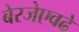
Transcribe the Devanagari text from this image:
बेरजेएवढे